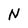
Character: N